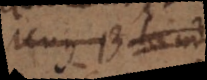
Unus Biand